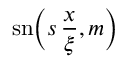
\mathrm { s n } \Big ( \displaystyle { s \, \frac { x } { \xi } } , m \Big )